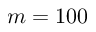
m = 1 0 0